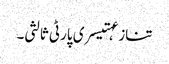
تنازعہتیسری پارٹی ثالثی۔